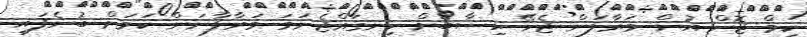
ކިމް ޖޮން އުން މަރާލަން ޖެހޭ ހިސާބަށް ހިނގައްޖެނަމަ މަރާލާނަން ކަމަށް ބުނެފައި